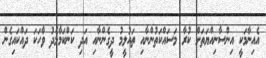
އެއިނާމަކީ އިންސާނިއްޔަތަށް ކުރާ މަސައްކަތުންނާއި ތައުލީމު ދީގެންނާއި އަދި ކަންކަމާމެދު ވާހަކަ ދައްކައިގެން